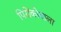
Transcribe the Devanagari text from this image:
पिरोंकोवाला